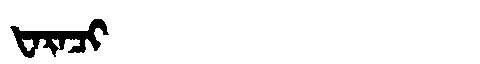
Manchu: ᡶᠠᡵᠠᠴᡳ
Romanization: FARACI